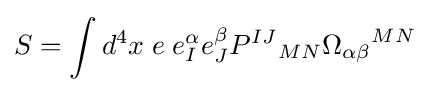
S=\int d^{4}x\;e\;e_{I}^{\alpha }e_{J}^{\beta }{P^{IJ}}_{MN}{\Omega _{\alpha \beta }}^{MN}